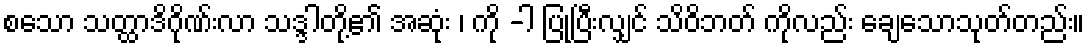
စသော သတ္ထာဒိဂိုဏ်းလာ သဒ္ဒါတို့၏ အဆုံး ၊ ကို -ါ ပြုပြီးလျှင် သိဝိဘတ် ကိုလည်း ချေသောသုတ်တည်း။